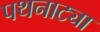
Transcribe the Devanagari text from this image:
पथनाट्या